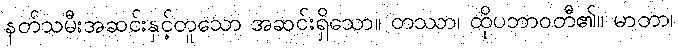
နတ်သမီးအဆင်းနှင့်တူသော အဆင်းရှိသော။ တဿာ၊ ထိုပဘာဝတီ၏။ မာတာ၊